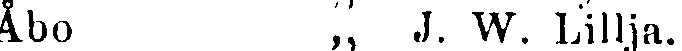
Åbo „ J. W. Lillja.